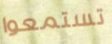
تستمعوا